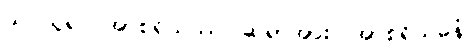
သင်ယူ၍။ အာစရိယဿ၊ ဆရာအား။ အာစရိယဓနံ၊